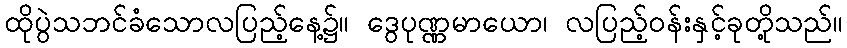
ထိုပွဲသဘင်ခံသောလပြည့်နေ့၌။ ဒွေပုဏ္ဏမာယော၊ လပြည့်ဝန်းနှင့်ခုတို့သည်။